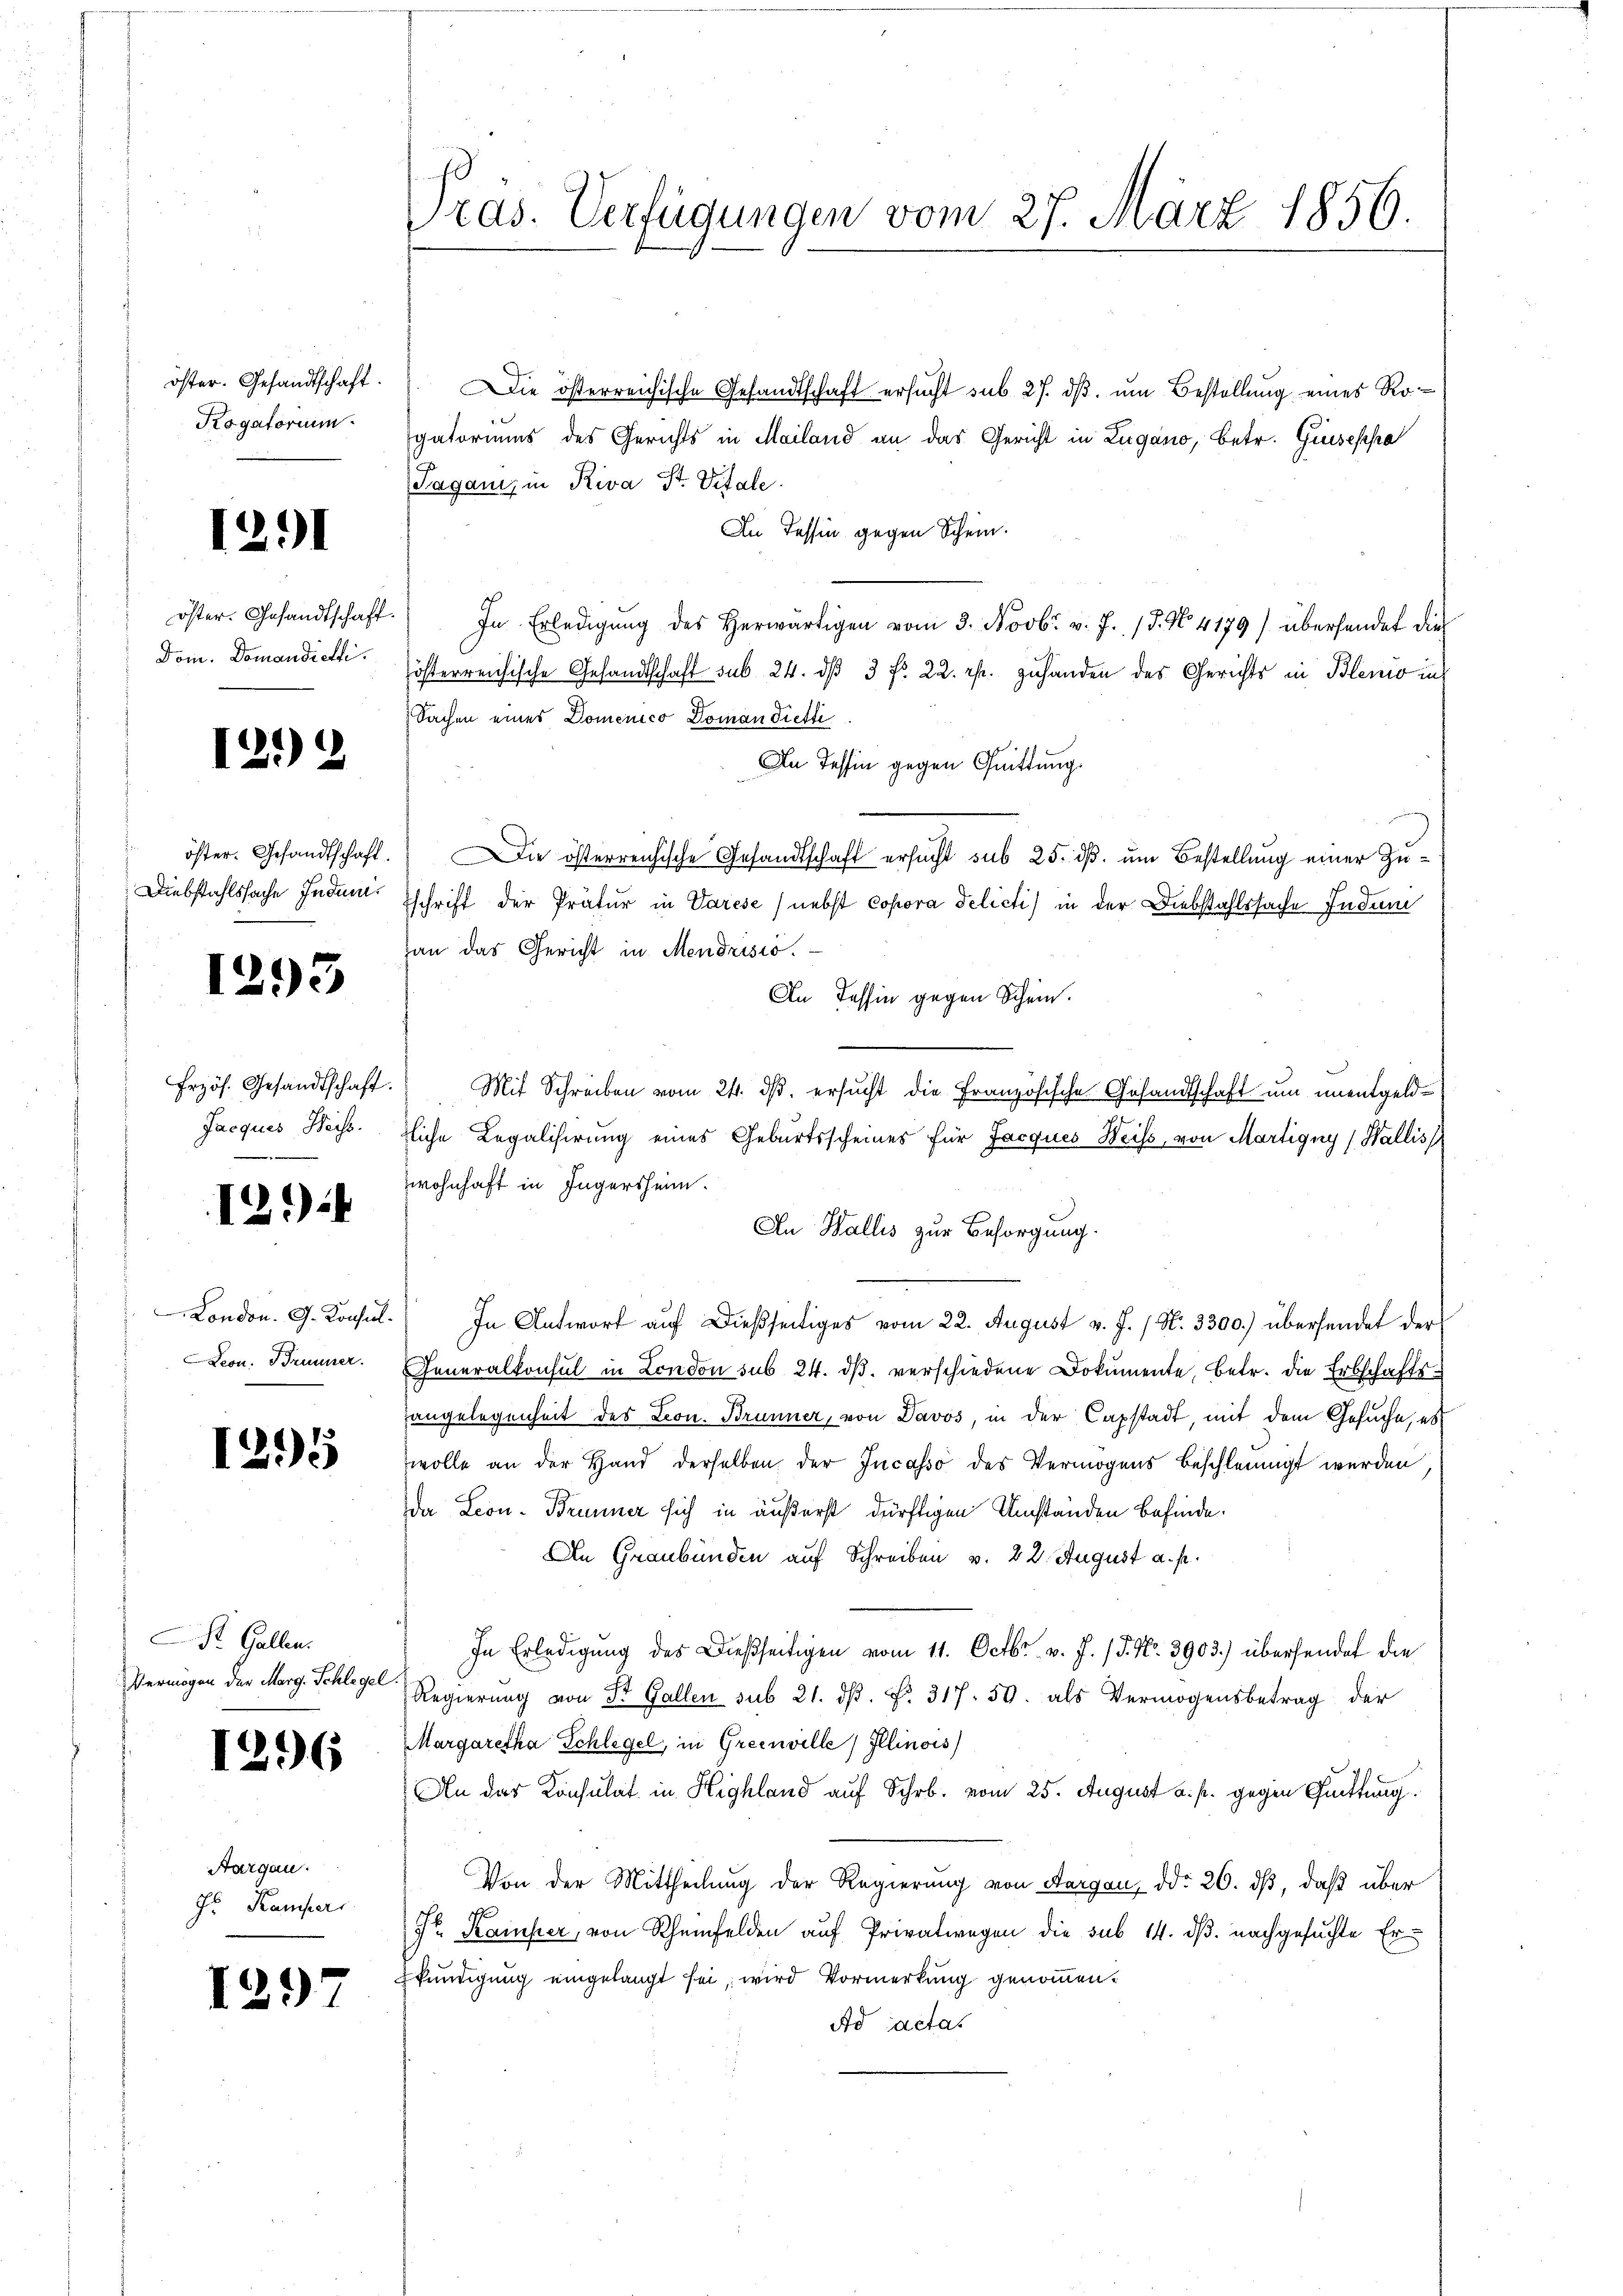
öster. Gesandtschaft.
Kogatorium

1291

öster. Gesandtschaft
Dom. Domandienti.

12)

öster. Gesandtschaft.
Diebstahlssache Indum.

1293

Frzös. Gesandtschaft.
Jacques Weiss.

12.)

London. G. Konsul¬
Leou. Brunner.

1295

St. Gallen.
Vermögen der Marg. Schlegel

1296

Aargau.
Fr. Kamper

1297

Präs. Verfügungen vom 27. März 1856.

Die österreichische Gesandtschaft ersucht sub 27. dß. um Bestellung eines Rogatoriums des Gerichts in Mailand an das Gericht in Lugano, betr. Gisepha
Tagani, in Riva St. Vitale
An dessin gegen Schein.
In Erledigŭng des herwärtigen vom 3. Novbr. v. J. 18. No. 4179) übersendet die
österreichische Gesandtschaft sub 24. dβ 3 fr. 22. r. zuhanden des Gerichts in Blenio ins
Sachen eines Domenico Doman Tieffi
In Tessin gegen Quittung.
Die österreichische Gesandtschaft ersucht sub 25. dß. um Bestellung einer Zuschrift der Prätur in Varese) nebst Copora delicti) in der Diebstahlssache Indum
gan das Gericht in Mendrisio.
An Tessin gegen Schein.
Mit Schreiben vom 24. ds. ersucht die Französische Gesandtschaft um unentgeldzliche Legalisirung eines Geburtsscheines für Jacques Weiss, von Martigny (Wallis
Zwohnhaft in Ingersheim.
An Wallis zur Besorgung.
In Antwort auf dießseitiges vom 22. August v. J. / N. 3300.) übersendet der
Generalkonsul in London sub 24. dβ. verschiedene Dokumente, betr. die Erbschafts-
angelegenheit des Leon- Brunner, von Davos, in der Capstadt, mit dem Gesuche, es
wolle an der Hand derselben der Incasso des Vermögens beschleunigt werden
da Leon- Brunner sich in äußerst dürftigen Umstanden befinde.
An Graubünden auf Schreiben v. 22. August a. p.
In Erledigung des Dießseitigen vom 11. Octbr. v. J. / 5. No. 3903.) übersendet die
Regierung von Dr. Gallen sub 21. dβ. No. 317. 50. als Vermögensbetrag der
Margaretha Schlegel, in Greeuville, Illinois
An der Konsulat in Highland auf Schr. vom 25. August a. p. gegen Quittung.
Von der Mittheilung der Regierung von Aargau, ddo 26. dß, daß über
Sr. Kamper, von Rheinfelden auf Privatwegen die sub 14. dβ. nachgesuchte Erkündigung eingelangt sei, wird Vormerkung genommen.
Ad actat